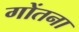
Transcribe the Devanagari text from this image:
गोंतना